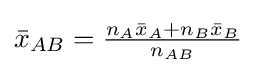
{\textstyle {\bar {x}}_{AB}={\frac {n_{A}{\bar {x}}_{A}+n_{B}{\bar {x}}_{B}}{n_{AB}}}}